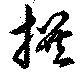
撰